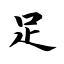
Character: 足